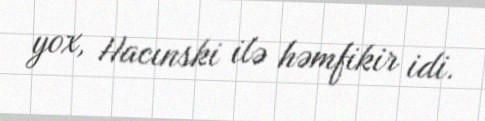
yox, Hacınski ilə həmfikir idi.